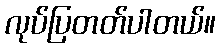
လုပ်ပြတတ်ပါတယ်။